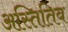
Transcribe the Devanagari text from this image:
अस्तितिव